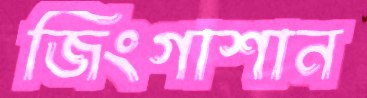
জিংগাশান